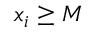
x _ { i } \geq M